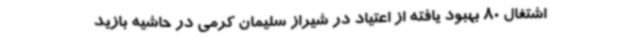
اشتغال 80 بهبود یافته از اعتیاد در شیراز سلیمان کرمی در حاشیه بازید